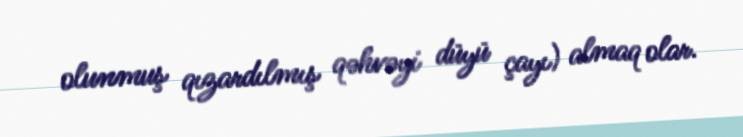
olunmuş qızardılmış qəhvəyi düyü çayı) almaq olar.